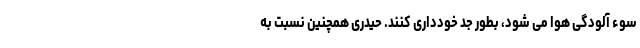
سوء آلودگی هوا می شود، بطور جد خودداری کنند. حیدری همچنین نسبت به